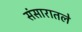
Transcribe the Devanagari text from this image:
संसारातले